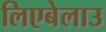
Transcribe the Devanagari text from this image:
लिएबेलाउ